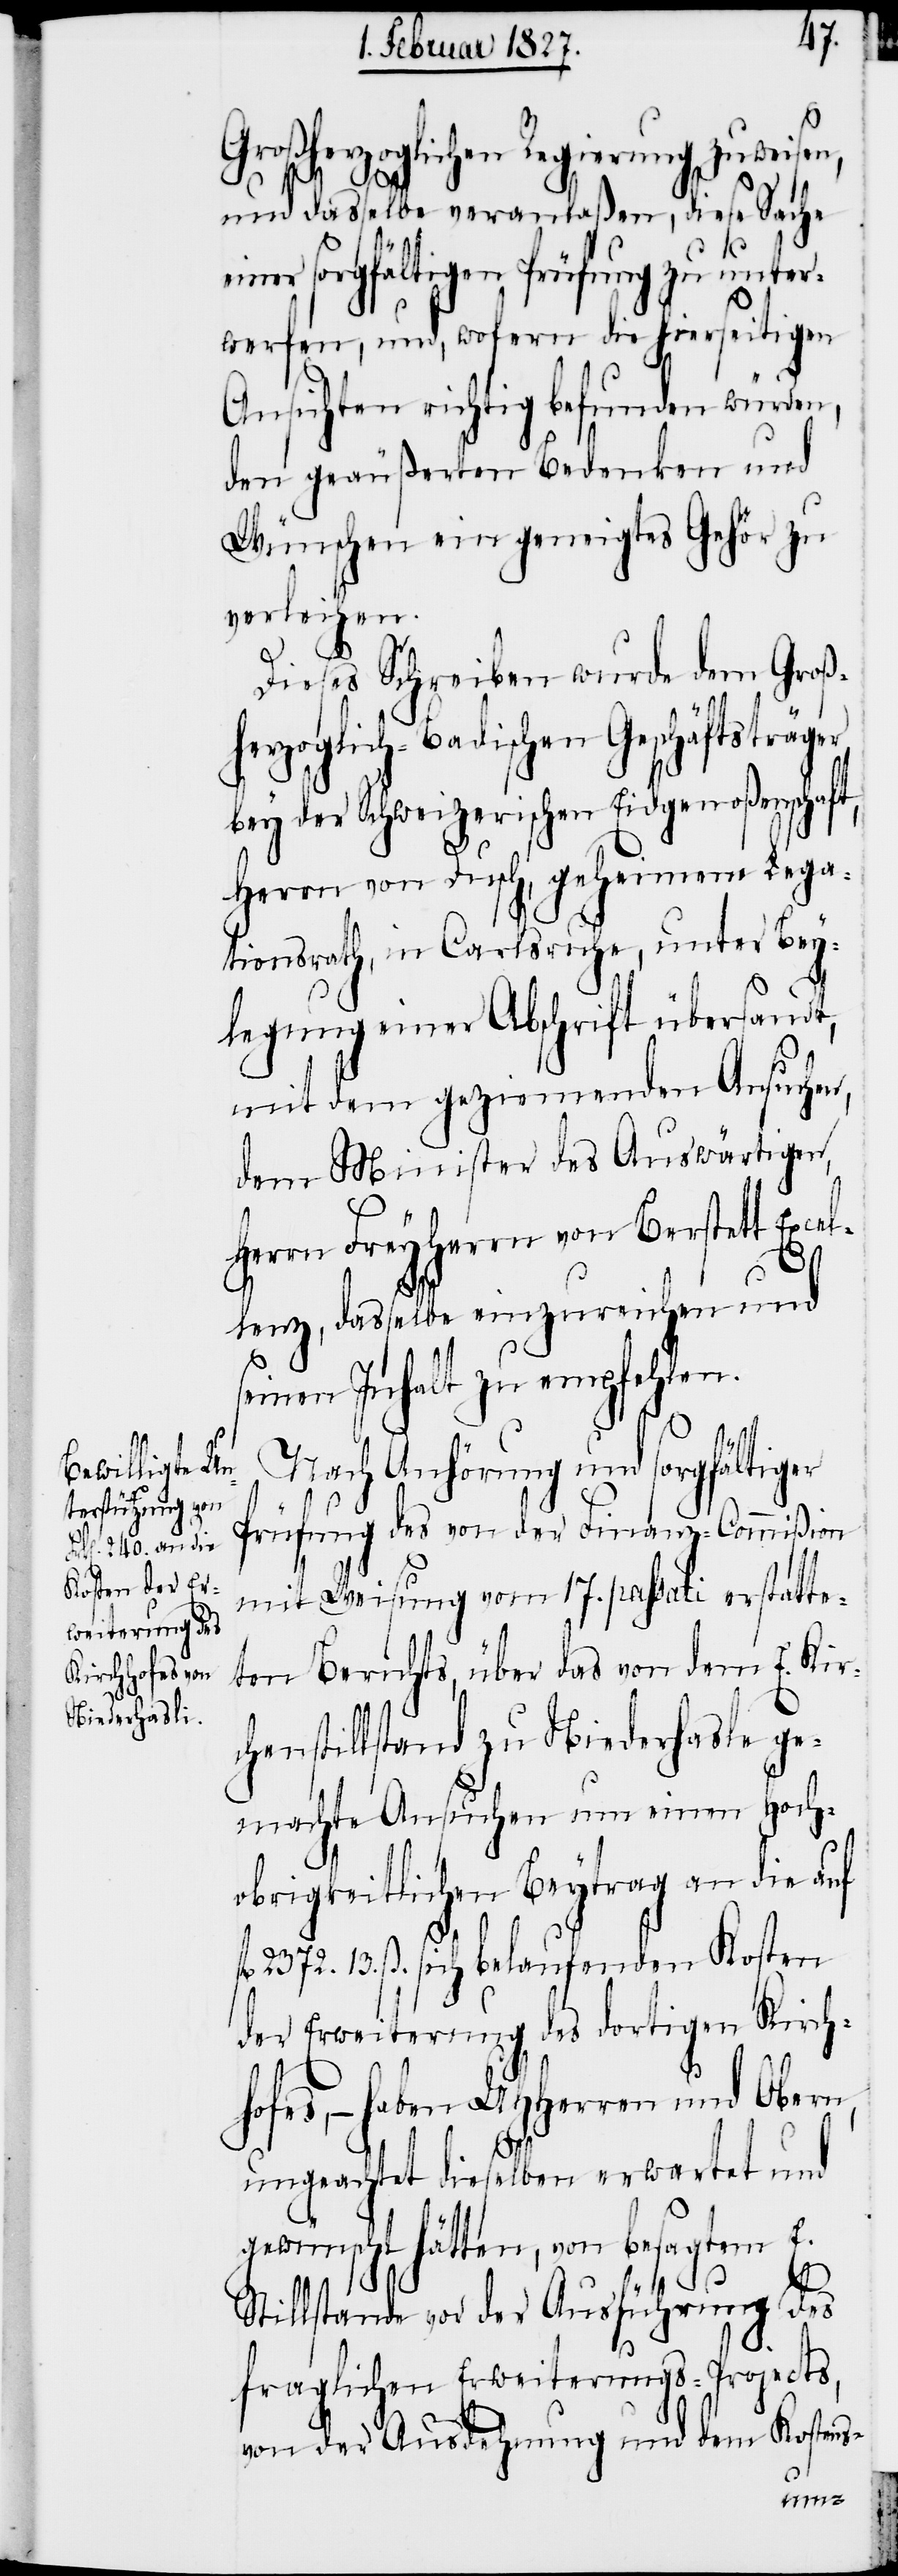
Großherzoglichen Regierung zu weisen,
und dasselbe veranlaßen, diese Sache
einer sorgfältigen Prüfung zu unter¬
werfen, und, wofern die hierseitigen
Ansichten richtig befunden würden,
den geäußerten Bedenken und
Wünschen ein geneigtes Gehör zu
verleihen.
Dieses Schreiben wurde dem Groß¬
herzoglich-Badischen Geschäftsträge¬
bey der Schweizerischen Eidgenoßenschaft,
Herrn von Dusch, geheimem Lega¬
tionsrath, in Carlsruhe, unter Bey¬
legung einer Abschrift übersandt,
mit dem geziemenden Ansuchen,
dem Minister des Auswärtigen,
Herrn Freyherrn von Berstett Exce¬
llez, dasselbe einzureichen und
seinen Inhalt zu empfehlen.
Nach Anhörung und sorgfältiger
Prüfung des von der Finanz-Commißion
mit Weisung vom 17. passati erstatte¬
ten Berichts, über das von dem E. Kirc¬
henstillstand zu Niederhasle ge¬
machte Ansuchen um einen Hoch¬
obrigkeitlichen Beytrag an die auf
fl. 2372. 13. ß. sich belaufenden Kosten
der Erweiterung des dortigen Kirch¬
hofes, – haben UHHerren und Obern,
ungeachtet dieselben erwartet und
gewünscht hätten, von besagtem E.
tillstande vor der Ausführung des
fraglichen Erweiterungs-Projects,
von der Ausdehnung und dem Kostens-
S¬